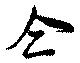
全